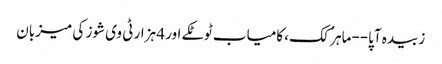
زبیدہ آپا--ماہر ُکک، کامیاب ٹوٹکے اور 4 ہزار ٹی وی شوز کی میزبان